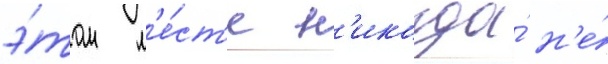
э́том м'е́ст'е н'икогда́ н'е́